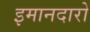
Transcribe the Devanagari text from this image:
इमानदारो